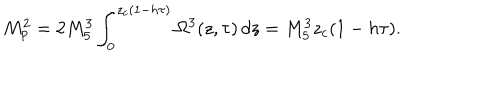
LaTeX: M _ { p } ^ { 2 } = 2 M _ { 5 } ^ { 3 } \int _ { 0 } ^ { z _ { c } ( 1 - h \tau ) } \Omega ^ { 3 } ( z , \tau ) \, d z = M _ { 5 } ^ { 3 } z _ { c } ( 1 - h \tau ) .